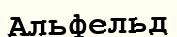
Альфельд